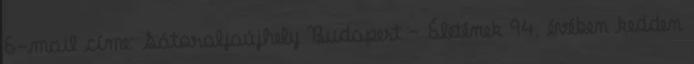
E-mail címe: Sátoraljaújhely Budapest – Életének 94. évében kedden